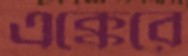
এক্কেরে